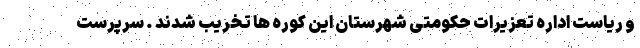
و ریاست اداره تعزیرات حکومتی شهرستان این کوره ها تخریب شدند . سرپرست